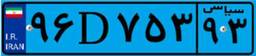
۹۶D۷۵۳۹۳